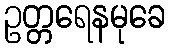
ဥတ္တရေနမုခေ